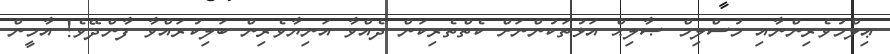
ޢިލްމުވެރިންނާއި މުސްލިމް ޞާލިޙް އަޅުތަކުންނަށް ކެތްތެރިކަން ދެއްވާ އަނިޔާވެރިން ބަލިކުރައްވާ ފާންދޭވެ! އާމީން